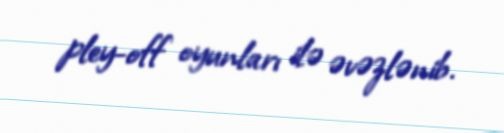
pley-off oyunları ilə əvəzlənib.